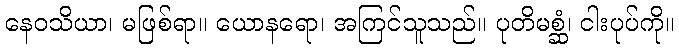
နေဝသိယာ၊ မဖြစ်ရာ။ ယောနရော၊ အကြင်သူသည်။ ပုတိမစ္ဆံ၊ ငါးပုပ်ကို။